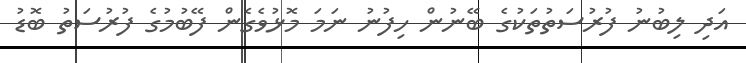
އަދި ލިބުނު ފުރުސަތުތަކުގެ ބޭނުން ހިފުނު ނަމަ މޮޅުވެގެން ފޭބުމުގެ ފުރުސަތު ބޮޑު